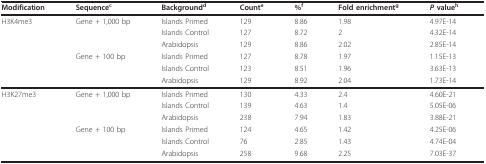
<table><thead><tr><td><b>Modification</b></td><td><b>Sequence<sup>c</sup></b></td><td><b>Background<sup>d</sup></b></td><td><b>Count<sup>e</sup></b></td><td><b>%<sup>f</sup></b></td><td><b>Fold enrichment<sup>g</sup></b></td><td><b><i>P </i>value<sup>h</sup></b></td></tr></thead><tbody><tr><td>H3K4me3</td><td>Gene + 1,000 bp</td><td>Islands Primed</td><td>129</td><td>8.86</td><td>1.98</td><td>4.97E-14</td></tr><tr><td></td><td></td><td>Islands Control</td><td>127</td><td>8.72</td><td>2</td><td>4.32E-14</td></tr><tr><td></td><td></td><td>Arabidopsis</td><td>129</td><td>8.86</td><td>2.02</td><td>2.85E-14</td></tr><tr><td></td><td>Gene + 100 bp</td><td>Islands Primed</td><td>127</td><td>8.78</td><td>1.97</td><td>1.15E-13</td></tr><tr><td></td><td></td><td>Islands Control</td><td>123</td><td>8.51</td><td>1.96</td><td>3.63E-13</td></tr><tr><td></td><td></td><td>Arabidopsis</td><td>129</td><td>8.92</td><td>2.04</td><td>1.73E-14</td></tr><tr><td>H3K27me3</td><td>Gene + 1,000 bp</td><td>Islands Primed</td><td>130</td><td>4.33</td><td>2.4</td><td>4.60E-21</td></tr><tr><td></td><td></td><td>Islands Control</td><td>139</td><td>4.63</td><td>1.4</td><td>5.05E-06</td></tr><tr><td></td><td></td><td>Arabidopsis</td><td>238</td><td>7.94</td><td>1.83</td><td>3.88E-21</td></tr><tr><td></td><td>Gene + 100 bp</td><td>Islands Primed</td><td>124</td><td>4.65</td><td>1.42</td><td>4.25E-06</td></tr><tr><td></td><td></td><td>Islands Control</td><td>76</td><td>2.85</td><td>1.43</td><td>4.74E-04</td></tr><tr><td></td><td></td><td>Arabidopsis</td><td>258</td><td>9.68</td><td>2.25</td><td>7.03E-37</td></tr></tbody></table>